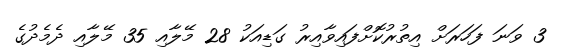
3 ވަނަ ފަހަރަށް އިތުރުކޮށްފައިވާއިރު ގަޑިއަކު 28 މޭލާއި 35 މޭލާއި ދެމެދުގެ